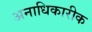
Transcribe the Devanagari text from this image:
अनाधिकारीक